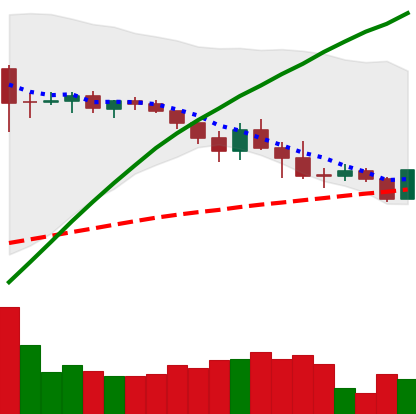
Ticker: ADA-USD
Chart end date: 2019-04-30
Forward return: -5.97%
Label: down_5_7